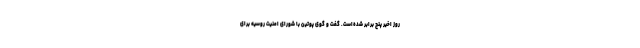
روز اخیر پنج برابر شده‌است. گفت و گوی پوتین با شورای امنیت روسیه برای